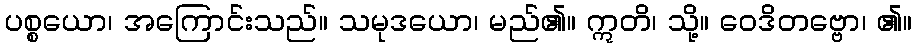
ပစ္စယော၊ အကြောင်းသည်။ သမုဒယော၊ မည်၏။ ဣတိ၊ သို့။ ဝေဒိတဗ္ဗော၊ ၏။